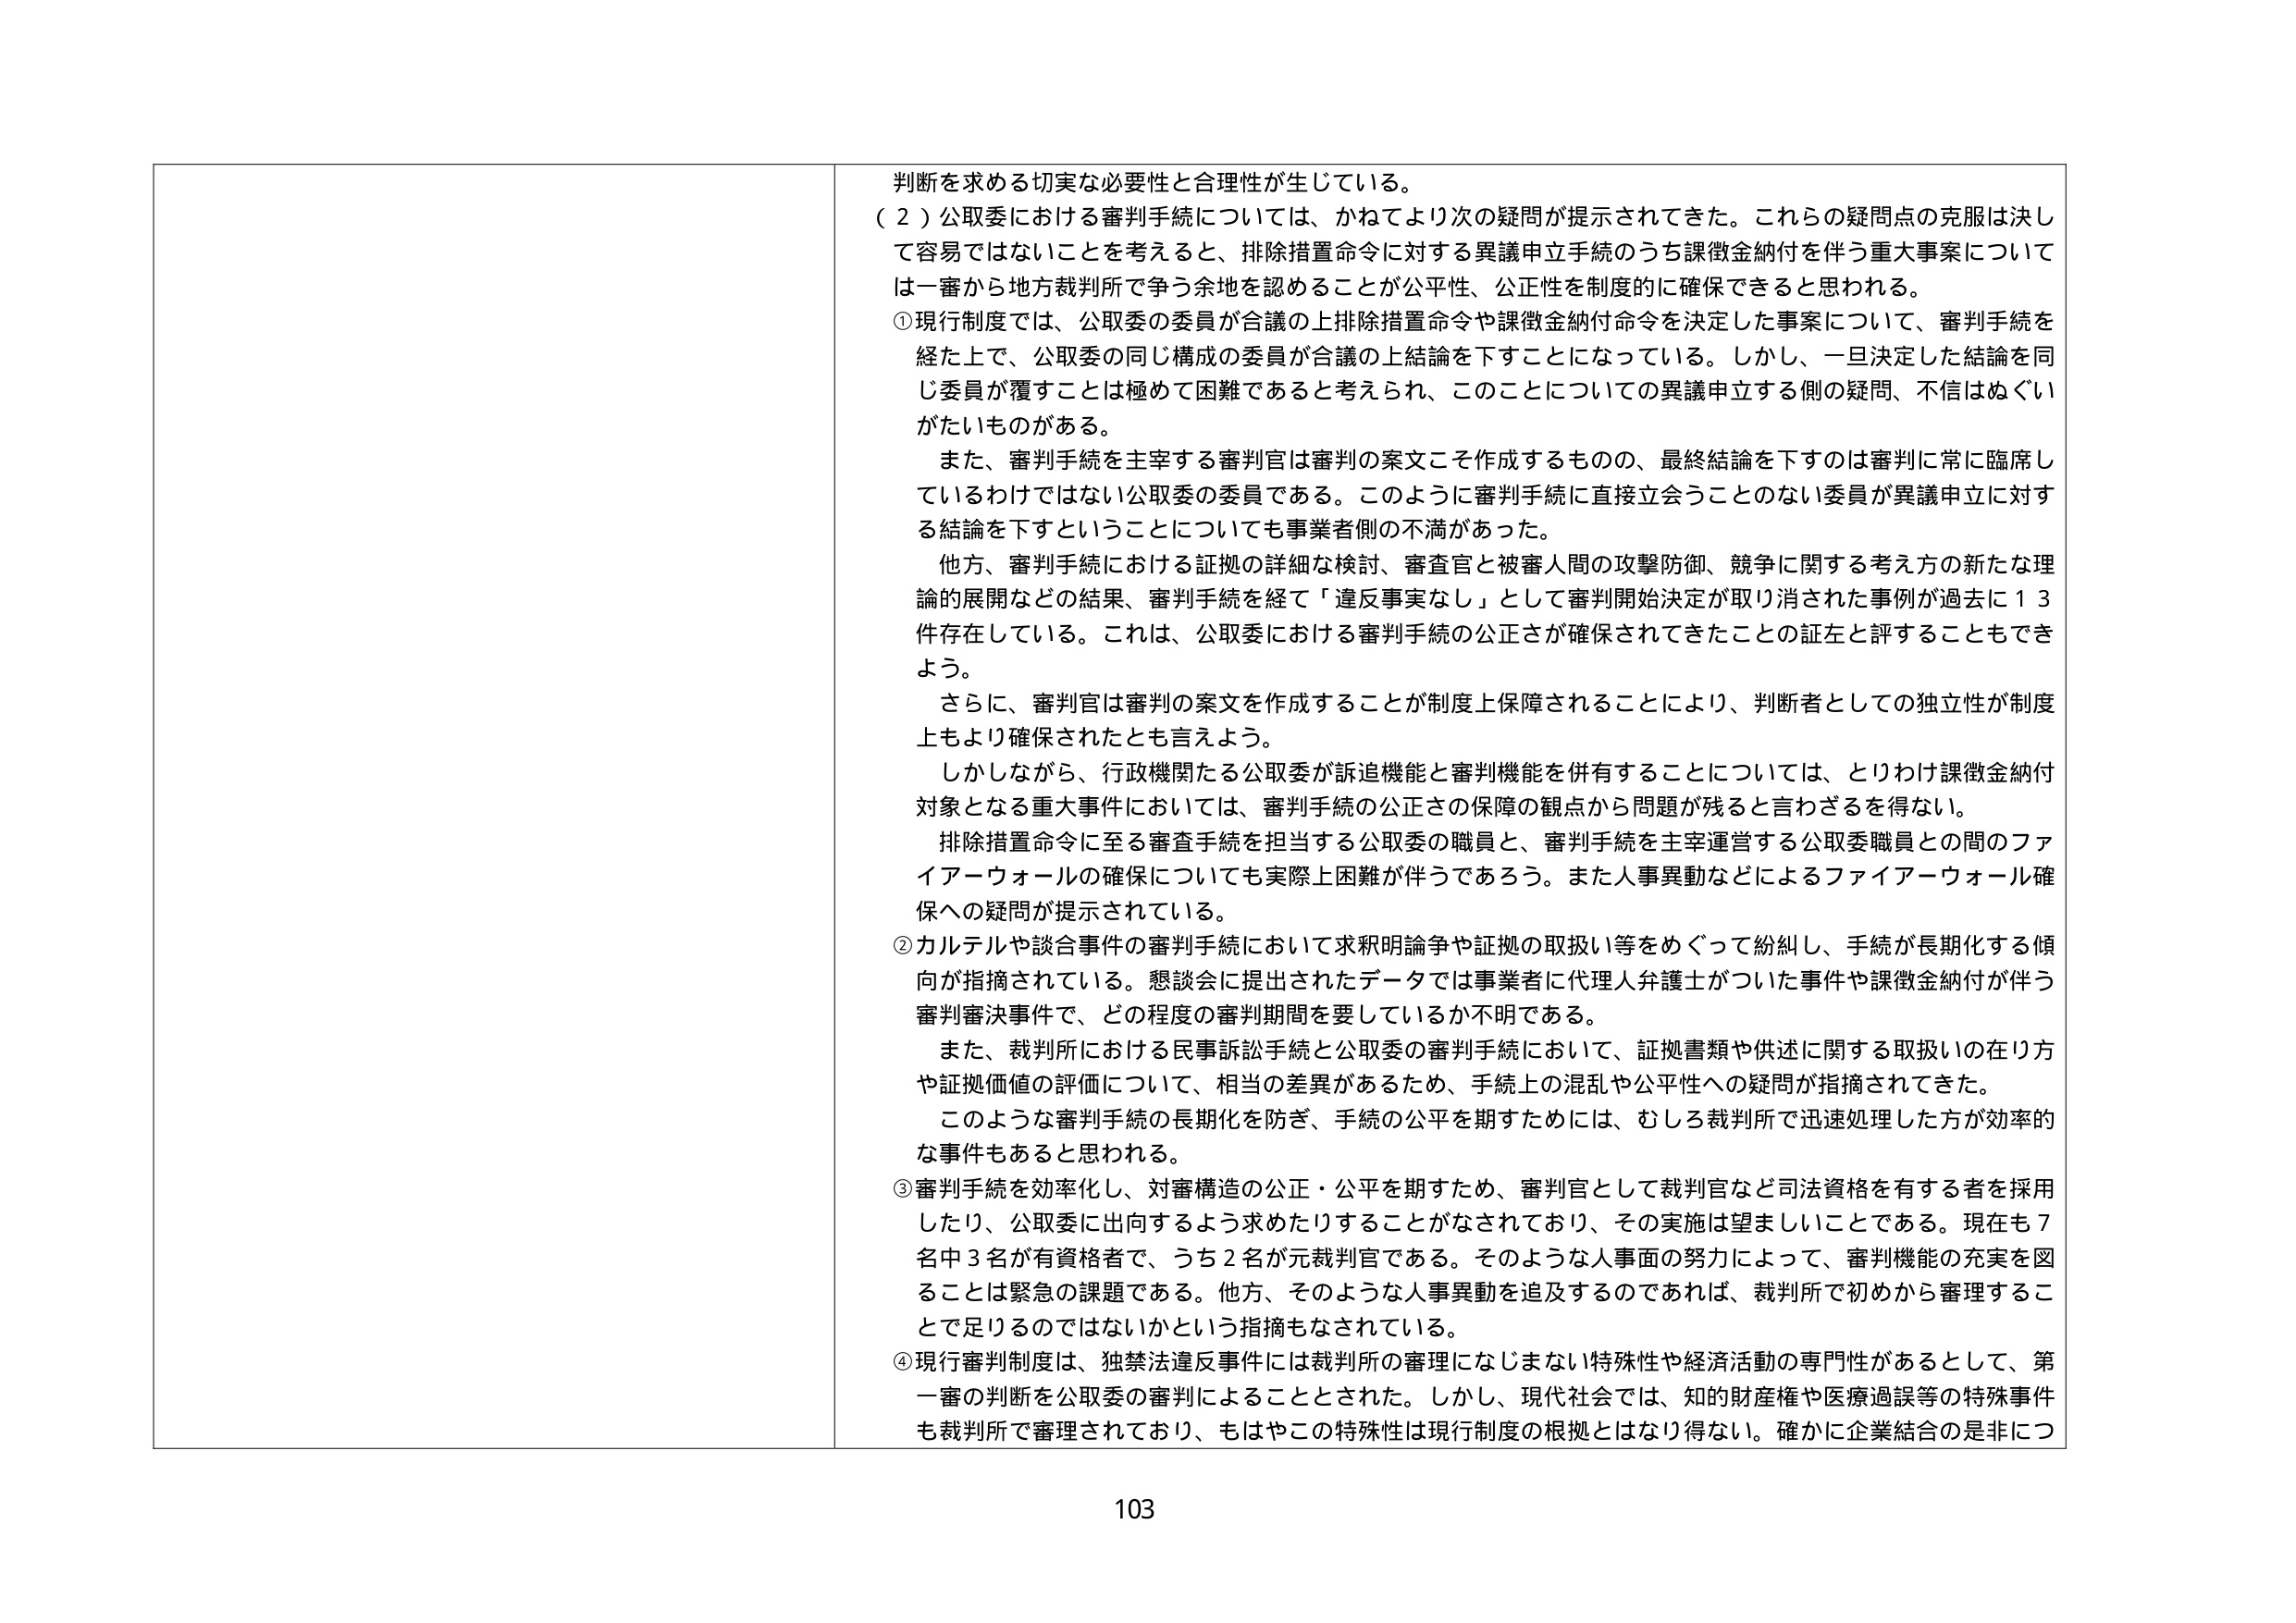
判断を求める切実な必要性と合理性が生じている。

（２）公取委における審判手続については、かねてより次の疑問が提示されてきた。これらの疑問点の克服は決して容易ではないことを考えると、排除措置命令に対する異議申立手続のうち課徴金納付を伴う重大事案については一審から地方裁判所で争う余地を認めることが公平性、公正性を制度的に確保できると思われる。

①現行制度では、公取委の委員が合議の上排除措置命令や課徴金納付命令を決定した事案について、審判手続を経た上で、公取委の同じ構成の委員が合議の上結論を下すことになっている。しかし、一旦決定した結論を同じ委員が覆すことは極めて困難であると考えられ、このことについての異議申立する側の疑問、不信はぬぐいがたいものがある。

また、審判手続を主宰する審判官は審判の案文こそ作成するものの、最終結論を下すのは審判に常に臨席しているわけではない公取委の委員である。このように審判手続に直接立会うことのない委員が異議申立に対する結論を下すということについても事業者側の不満があった。

他方、審判手続における証拠の詳細な検討、審査官と被審人間の攻撃防御、競争に関する考え方の新たな理論的展開などの結果、審判手続を経て「違反事実なし」として審判開始決定が取り消された事例が過去に13件存在している。これは、公取委における審判手続の公正さが確保されてきたことの証左と評することもできよう。

さらに、審判官は審判の案文を作成することが制度上保障されることにより、判断者としての独立性が制度上もより確保されたとも言えよう。

しかしながら、行政機関たる公取委が訴追機能と審判機能を併有することについては、とりわけ課徴金納付対象となる重大事件においては、審判手続の公正さの保障の観点から問題が残ると言わざるを得ない。

排除措置命令に至る審査手続を担当する公取委の職員と、審判手続を主宰運営する公取委職員との間のファイアーウォールの確保についても実際に困難が伴うであろう。また人事異動などによるファイアーウォール確保への疑問が提示されている。

②カルテルや談合事件の審判手続において求釈明論争や証拠の取扱い等をめぐって紛糾し、手続が長期化する傾向が指摘されている。懇談会に提出されたデータでは事業者に代理人弁護士がついた事件や課徴金納付が伴う審判審決事件で、どの程度の審判期間を要しているか不明である。

また、裁判所における民事訴訟手続と公取委の審判手続において、証拠書類や供述に関する取扱いの在り方や証拠価値の評価について、相当の差異があるため、手続上の混乱や公平性への疑問が指摘されてきた。

このような審判手続の長期化を防ぎ、手続の公平を期すためには、むしろ裁判所で迅速処理した方が効率的な事件もあると思われる。

③審判手続を効率化し、対審構造の公正・公平を期すため、審判官として裁判官など司法資格を有する者を採用したり、公取委に出向するよう求めたりすることがなされており、その実施は望ましいことである。現在も7名中3名が有資格者で、うち2名が元裁判官である。そのような人事面の努力によって、審判機能の充実を図ることは緊急の課題である。他方、そのような人事異動を追及するのであれば、裁判所で初めから審理することで足りるのではないかという指摘もなされている。

④現行審判制度は、独禁法違反事件には裁判所の審理になじまない特殊性や経済活動の専門性があるとして、第一審の判断を公取委の審判によることとされた。しかし、現代社会では、知的財産権や医療過誤等の特殊事件も裁判所で審理されており、もはやこの特殊性は現行制度の根拠とはなり得ない。確かに企業結合のは非につ

103